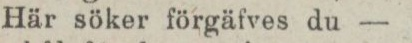
Här söker förgäfves du —